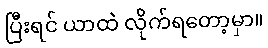
ပြီးရင် ယာထဲ လိုက်ရတော့မှာ။